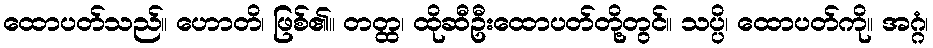
ထောပတ်သည်။ ဟောတိ၊ ဖြစ်၏။ တတ္ထ၊ ထိုဆီဦးထောပတ်တို့တွင်။ သပ္ပိ၊ ထောပတ်ကို။ အဂ္ဂံ၊